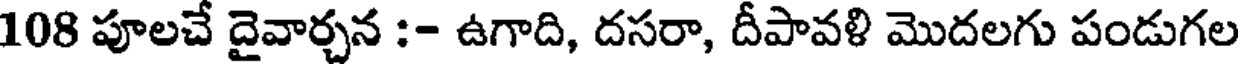
108 పూలచే దైవార్చన :- ఉగాది, దసరా, దీపావళి మొదలగు పండుగల